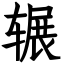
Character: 辗